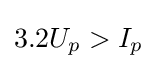
3.2U_{p}>I_{p}